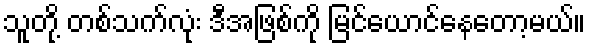
သူတို့ တစ်သက်လုံး ဒီအဖြစ်ကို မြင်ယောင်နေတော့မယ်။